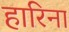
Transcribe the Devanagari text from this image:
हारिना